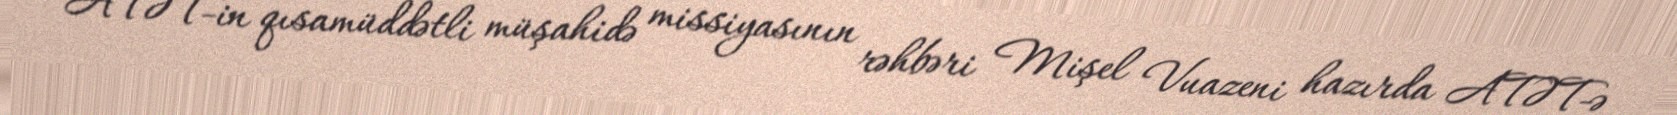
ATƏT-in qısamüddətli müşahidə missiyasının rəhbəri Mişel Vuazeni hazırda ATƏT-ə